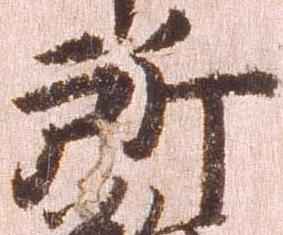
所